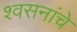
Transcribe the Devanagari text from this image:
श्वसनांचे